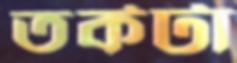
তর্কটা